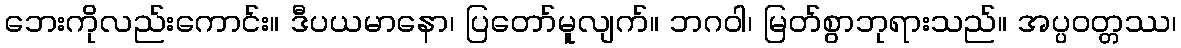
ဘေးကိုလည်းကောင်း။ ဒီပယမာနော၊ ပြတော်မူလျက်။ ဘဂဝါ၊ မြတ်စွာဘုရားသည်။ အပ္ပဝတ္တဿ၊